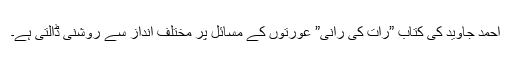
احمد جاوید کی کتاب ”رات کی رانی” عورتوں کے مسائل پر مختلف انداز سے روشنی ڈالتی ہے۔